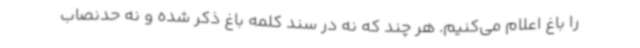
را باغ اعلام می‌کنیم. هر چند که نه در سند کلمه باغ ذکر شده و نه حدنصاب